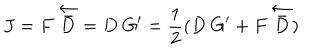
J = F ~ \overleftarrow { \bar { D } } = D ~ G ^ { \prime } = \frac { 1 } { 2 } ( D ~ G ^ { \prime } + F ~ \overleftarrow { \bar { D } } )